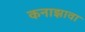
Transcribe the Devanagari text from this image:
कनाझावा